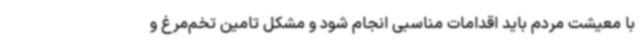
با معیشت مردم باید اقدامات مناسبی انجام شود و مشکل تامین تخم‌مرغ و